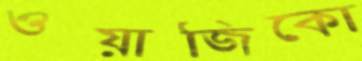
ওয়াজিকো